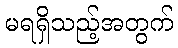
မရရှိသည့်အတွက်